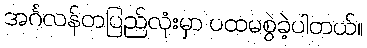
အင်္ဂလန်တပြည်လုံးမှာ ပထမစွဲခဲ့ပါတယ်။